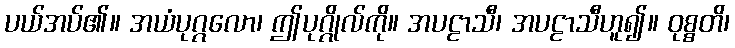
ပယ်အပ်၏။ အယံပုဂ္ဂလော၊ ဤပုဂ္ဂိုလ်ကို။ အပဠာသီ၊ အပဠာသီဟူ၍။ ဝုစ္စတိ၊